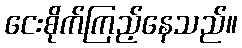
ငေးစိုက်ကြည့်နေသည်။